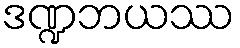
ဒဏ္ဍဘယဿ